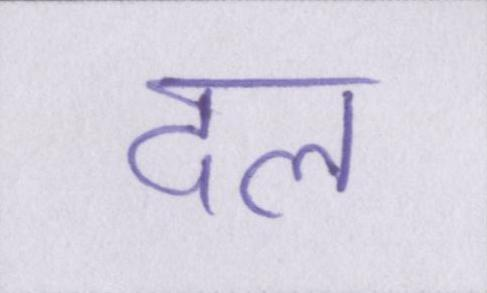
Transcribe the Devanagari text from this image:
दल